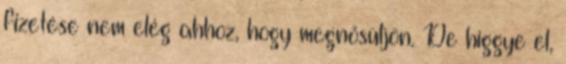
fizetése nem elég ahhoz, hogy megnősüljön. De higgye el,